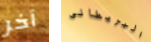
آخر البريطانى